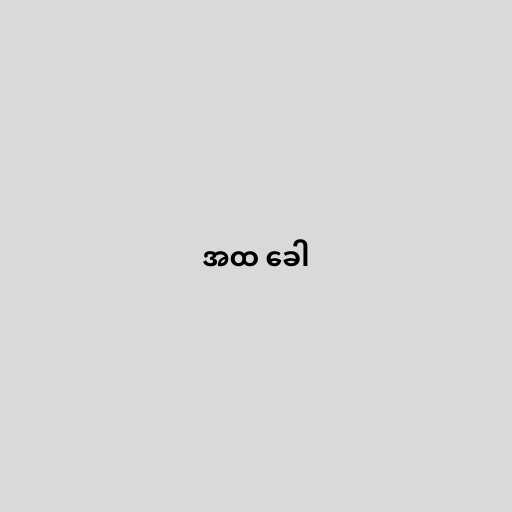
အထ ခေါ